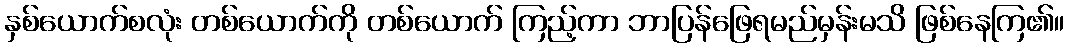
နှစ်ယောက်စလုံး တစ်ယောက်ကို တစ်ယောက် ကြည့်ကာ ဘာပြန်ဖြေရမည်မှန်းမသိ ဖြစ်နေကြ၏။